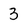
Character: 3